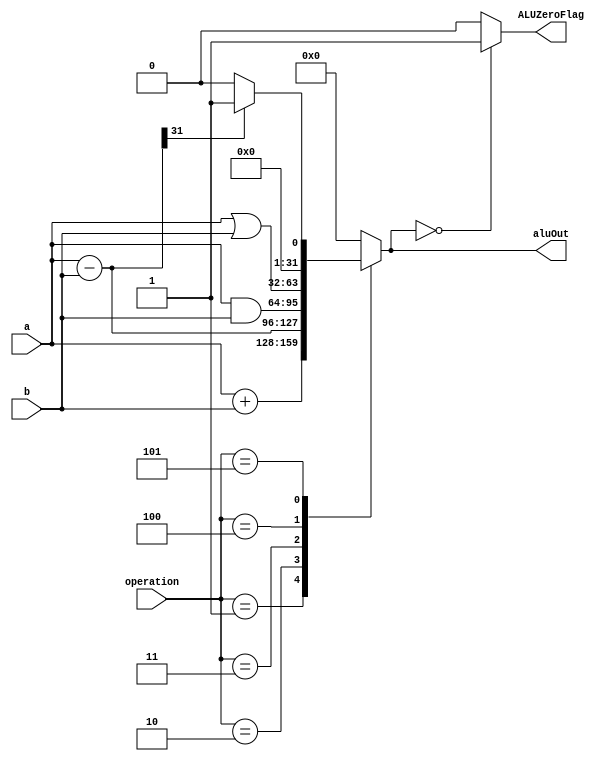
`timescale 1ps/1ps
module ALU (
    a,
    b,
    operation,
    ALUZeroFlag,
    aluOut
    );
    
    input [31:0] a, b;
    input [2:0] operation;
    
    output ALUZeroFlag;
    output reg [31:0] aluOut;
    
    wire [31:0] subtract;

    //operation states:
    parameter [2:0] 
        NOTHING = 3'b000,
        ADD = 3'b001,
        SUB = 3'b010,
        AND = 3'b011,
        OR  = 3'b100,
        SLT = 3'b101;//using sign

    assign subtract = a - b;

    always@(operation, a, b) begin
        case(operation) 
            ADD : aluOut = (a + b); //add
            SUB : aluOut = a - b; //sub
            AND : aluOut = a & b; //and
            OR  : aluOut = a | b; //or
            SLT : aluOut = ((subtract[31]) ? 32'd1: 32'd0); //branch(beq) and slt(i)
            default: aluOut = 32'd0;
        endcase           
    end
    
    assign ALUZeroFlag = (aluOut == 32'd0) ? 1'd1 : 1'd0;
    
endmodule